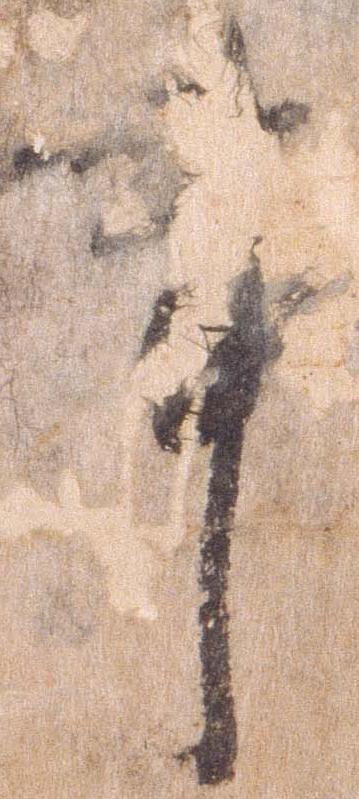
事